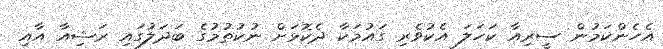
އެހެންކަމުން ސީރިއާ ކަހަލަ އެކުވެރި ގައުމަކާ ދެކޮޅަށް ނުކުތުމުގެ ބަދަލުގައި ރަޝިއާ އާއި